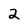
Character: 2